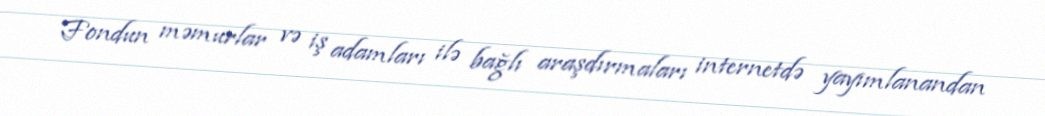
Fondun məmurlar və iş adamları ilə bağlı araşdırmaları internetdə yayımlanandan